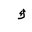
Letter: _kaf